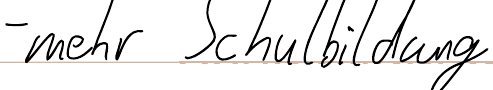
- mehr Schulbildung